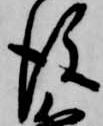
後